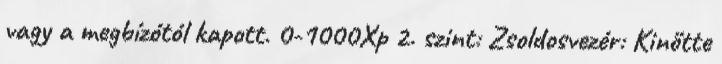
vagy a megbízótól kapott. 0-1000Xp 2. szint: Zsoldosvezér: Kinőtte